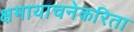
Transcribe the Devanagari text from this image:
क्षमायाचनेकरिता